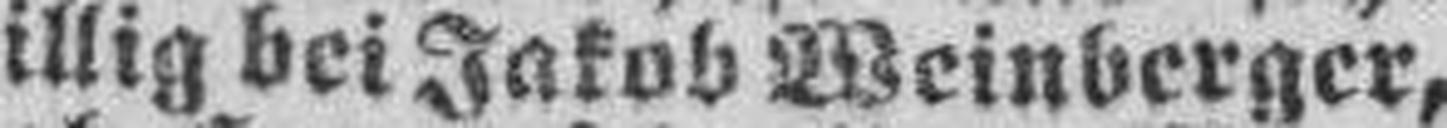
billig bei Jakob Weinberger,